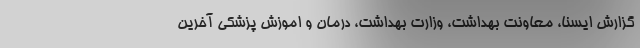
گزارش ایسنا، معاونت بهداشت، وزارت بهداشت، درمان و اموزش پزشکی آخرین